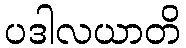
ပဒါလယာတိ